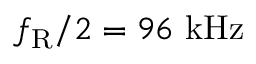
f _ { \mathrm { R } } / 2 = 9 6 ~ \mathrm { k H z }